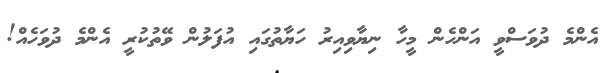
އެންމެ ދުވަސްވީ އަންހެން މީހާ ނިޔާވިއިރު ހަޔާތުގައި އުފަލުން ވޭތުކުރީ އެންމެ ދުވަހެއް!